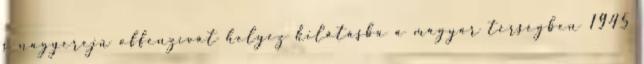
s nagyerejû offenzívát helyez kilátásba a magyar térségben 1945